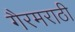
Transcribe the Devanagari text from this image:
गैरमराठी